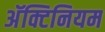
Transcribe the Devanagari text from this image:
अॅक्टिनियम